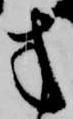
方